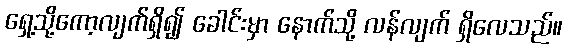
ရှေ့သို့ကော့လျက်ရှိ၍ ခေါင်းမှာ နောက်သို့ လန်လျက် ရှိလေသည်။